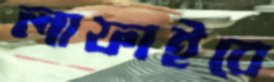
লাফাইবে